Problem: 11 × 12 = ?
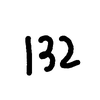
Handwritten answer: 132